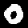
Digit: 0